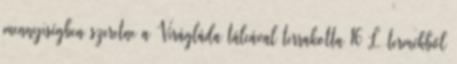
mennyiségben szeretne a Virágláda tálcával terrakotta 16 L termékből